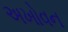
અખોવન